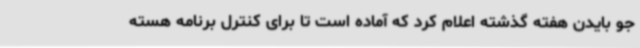
جو بایدن هفته گذشته اعلام کرد که آماده است تا برای کنترل برنامه هسته